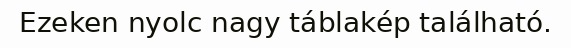
Ezeken nyolc nagy táblakép található.